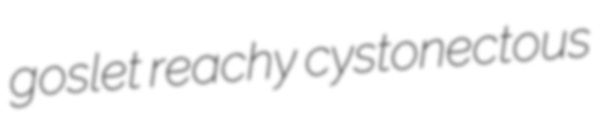
goslet reachy cystonectous